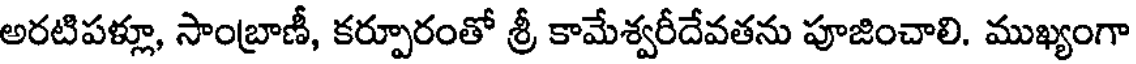
అరటిపళ్లూ, సాంబ్రాణీ, కర్పూరంతో శ్రీ కామేశ్వరీదేవతను పూజించాలి. ముఖ్యంగా